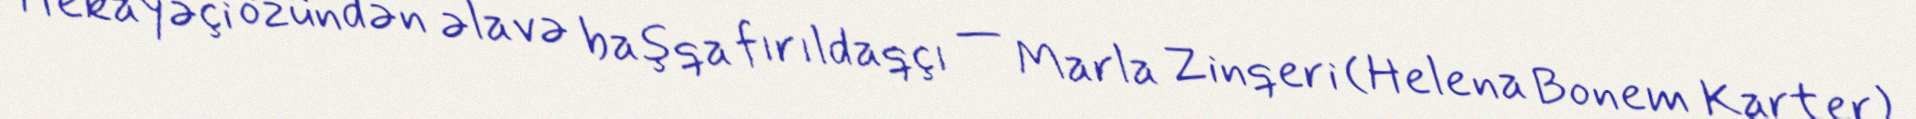
Hekayəçi özündən əlavə başqa fırıldaqçı — Marla Zinqeri (Helena Bonem Karter)